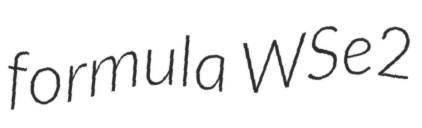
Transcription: formula WSe2